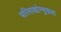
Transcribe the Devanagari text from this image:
परिमाणोन्मुखता